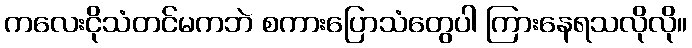
ကလေးငိုသံတင်မကဘဲ စကားပြောသံတွေပါ ကြားနေရသလိုလို။